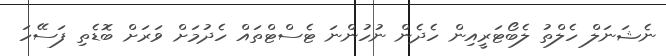
ނެޝަނަލް ހެލްތު ލެބޯޓަރީއިން ހެދެން ނުހުންނަ ޓެސްޓްތައް ހެދުމަށް ވަރަށް ބޮޑެތި ފަސޭހަ